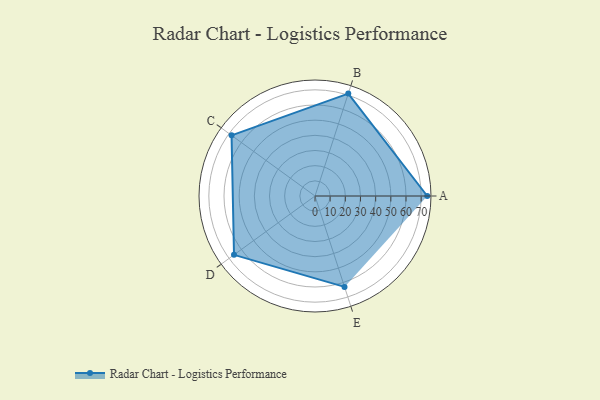
{"axis": {"x": "Skill", "y": "Score"}, "legend": ["Profile"], "data": [{"x": "A", "y": 74.0, "type": "Profile"}, {"x": "B", "y": 71.0, "type": "Profile"}, {"x": "C", "y": 68.0, "type": "Profile"}, {"x": "D", "y": 66.0, "type": "Profile"}, {"x": "E", "y": 63.0, "type": "Profile"}]}